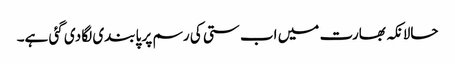
حالانکہ بھارت میں اب ستی کی رسم پر پابندی لگا دی گئی ہے۔